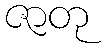
ဇာတု